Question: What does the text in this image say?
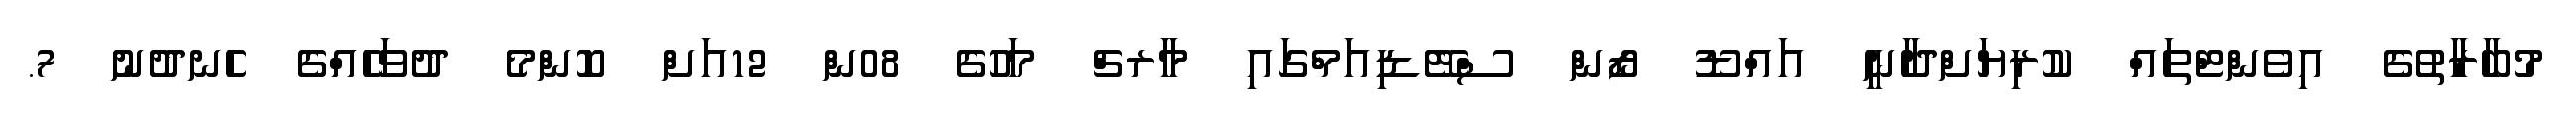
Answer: މުބާރާތުގެ އިވެންޓްތައް ކުރިޔަށްދާނީ އައްޑޫ ޒޯން ސްޓޭޑިއަމްގައި މާރޗް މަހުގެ 08ން 12އަށް ކޮންމެ ދުވަހެއްގެ ހެނދުނު 7.